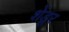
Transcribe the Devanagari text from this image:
शेंडूर